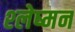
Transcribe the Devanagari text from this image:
श्‍लेष्‍मन